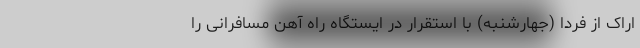
اراک از فردا (جهارشنبه) با استقرار در ایستگاه راه آهن مسافرانی را